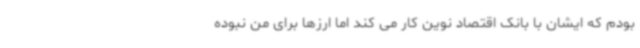
بودم که ایشان با بانک اقتصاد نوین کار می کند اما ارزها برای من نبوده